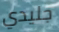
جليدي